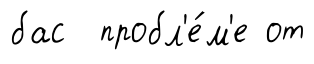
бас пробл'е́м'е от